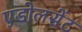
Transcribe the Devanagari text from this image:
एडोलसेंट